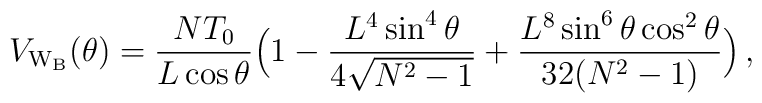
V_{\rm W_B}(\theta)=\frac{NT_0}{L\cos{\theta}}\Bigl(1-\frac{L^4\sin^4{\theta}}{4\sqrt{N^2-1}}+\frac{L^8\sin^6{\theta}\cos^2{\theta}}{32(N^2-1)}\Bigr)\, ,